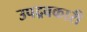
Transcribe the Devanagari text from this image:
उपद्रवकारी